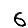
Digit: 6